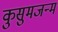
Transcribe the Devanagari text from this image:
कुसुमजन्म